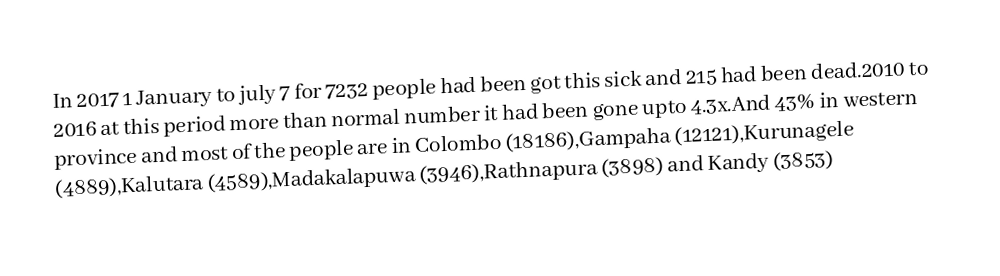

In 2017 1 January to july 7 for 7232 people had been got this sick and 215 had been dead.2010 to 2016 at this period more than normal number it had been gone upto 4.3x.And 43% in western province and most of the people are in Colombo (18186),Gampaha (12121),Kurunagele (4889),Kalutara (4589),Madakalapuwa (3946),Rathnapura (3898) and Kandy (3853)